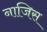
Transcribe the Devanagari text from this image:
नाजिस